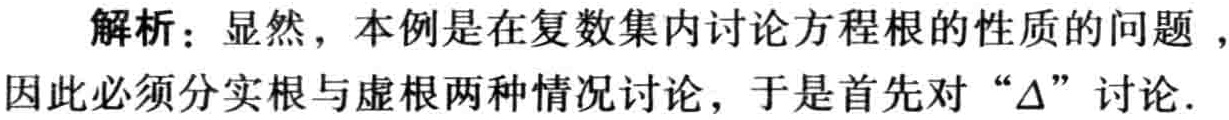
解析：显然，本例是在复数集内讨论方程根的性质的问题 ，因此必须分实根与虚根两种情况讨论，于是首先对“\(\Delta\)”讨论.